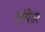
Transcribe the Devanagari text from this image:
एमिडा